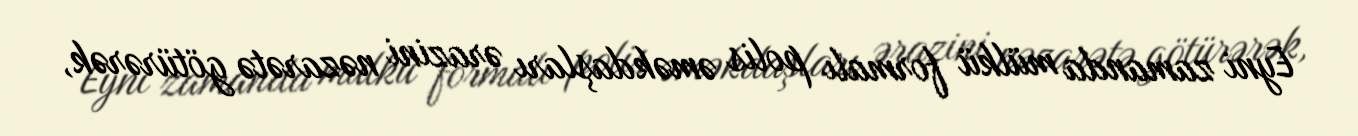
Eyni zamanda mülkü formalı polis əməkdaşları ərazini nəzarətə götürərək,